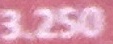
3.250